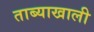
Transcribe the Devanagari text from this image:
ताब्याखाली